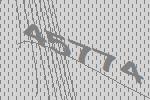
45774